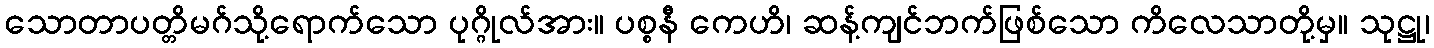
သောတာပတ္တိမဂ်သို့ရောက်သော ပုဂ္ဂိုလ်အား။ ပစ္စနီ ကေဟိ၊ ဆန့်ကျင်ဘက်ဖြစ်သော ကိလေသာတို့မှ။ သုဋ္ဌု၊